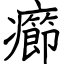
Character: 癤